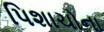
પિશાચોના